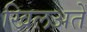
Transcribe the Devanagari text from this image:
खिलअतें